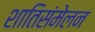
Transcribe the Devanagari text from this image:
शातिसंमेलन